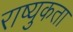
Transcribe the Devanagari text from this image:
राष्युकता